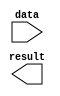
// megafunction wizard: %LPM_INV%VBB%
// GENERATION: STANDARD
// VERSION: WM1.0
// MODULE: lpm_inv 

// ============================================================
// Megafunction Name(s):
// 			lpm_inv
//
// Simulation Library Files(s):
// 			lpm
// ============================================================
// ************************************************************
// THIS IS A WIZARD-GENERATED FILE. DO NOT EDIT THIS FILE!
//
// 7.2 Build 151 09/26/2007 SJ Web Edition
// ************************************************************

//Copyright (C) 1991-2007 Altera Corporation
//Your use of Altera Corporation's design tools, logic functions 
//and other software and tools, and its AMPP partner logic 
//functions, and any output files from any of the foregoing 
//(including device programming or simulation files), and any 
//associated documentation or information are expressly subject 
//to the terms and conditions of the Altera Program License 
//Subscription Agreement, Altera MegaCore Function License 
//Agreement, or other applicable license agreement, including, 
//without limitation, that your use is for the sole purpose of 
//programming logic devices manufactured by Altera and sold by 
//Altera or its authorized distributors.  Please refer to the 
//applicable agreement for further details.

module multiNOT (
	data,
	result);

	input	[6:0]  data;
	output	[6:0]  result;

endmodule

// ============================================================
// CNX file retrieval info
// ============================================================
// Retrieval info: PRIVATE: INTENDED_DEVICE_FAMILY STRING "Cyclone II"
// Retrieval info: PRIVATE: SYNTH_WRAPPER_GEN_POSTFIX STRING "0"
// Retrieval info: PRIVATE: nBit NUMERIC "7"
// Retrieval info: CONSTANT: LPM_TYPE STRING "LPM_INV"
// Retrieval info: CONSTANT: LPM_WIDTH NUMERIC "7"
// Retrieval info: USED_PORT: data 0 0 7 0 INPUT NODEFVAL data[6..0]
// Retrieval info: USED_PORT: result 0 0 7 0 OUTPUT NODEFVAL result[6..0]
// Retrieval info: CONNECT: @data 0 0 7 0 data 0 0 7 0
// Retrieval info: CONNECT: result 0 0 7 0 @result 0 0 7 0
// Retrieval info: LIBRARY: lpm lpm.lpm_components.all
// Retrieval info: GEN_FILE: TYPE_NORMAL multiNOT.v TRUE
// Retrieval info: GEN_FILE: TYPE_NORMAL multiNOT.inc FALSE
// Retrieval info: GEN_FILE: TYPE_NORMAL multiNOT.cmp FALSE
// Retrieval info: GEN_FILE: TYPE_NORMAL multiNOT.bsf TRUE FALSE
// Retrieval info: GEN_FILE: TYPE_NORMAL multiNOT_inst.v FALSE
// Retrieval info: GEN_FILE: TYPE_NORMAL multiNOT_bb.v TRUE
// Retrieval info: LIB_FILE: lpm